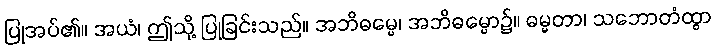
ပြုအပ်၏။ အယံ၊ ဤသို့ ပြုခြင်းသည်။ အဘိဓမ္မေ၊ အဘိဓမ္မော၌။ ဓမ္မတာ၊ သဘောတံထွာ